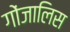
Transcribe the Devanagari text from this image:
गोंजालिस